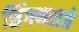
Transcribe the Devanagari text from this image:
शिंगणराजे